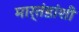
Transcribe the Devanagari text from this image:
मार्तंडांशी